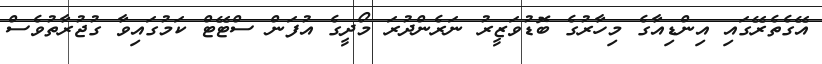
އޭގެތެރޭގައި އިންޑިއާގެ މިހާރުގެ ބޮޑުވަޒީރު ނަރެންދުރަ މޯދީގެ އުފަން ސްޓޭޓް ކަމުގައިވާ ގުޖުރާތުވެސް